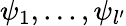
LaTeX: \psi_{1},...,\psi_{l^{\prime}}